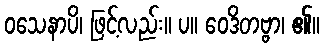
ဝသေနာပိ၊ ဖြင့်လည်း။ ပ။ ဝေဒိတဗ္ဗာ၊ ၏။